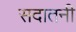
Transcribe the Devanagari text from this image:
सदातनी